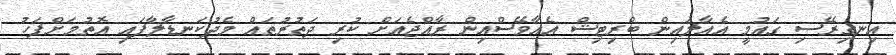
އިނގިރޭސި ގައުމީ އެއާލައިން ބްރިޓިޝް އެއާވޭސްއިން ރާއްޖެއަށް ކުރި ދަތުރުތައް މެދުކަނޑާލާފައި އޮތުމަށްފަހު